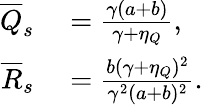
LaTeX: \begin{array}{rl}{\overline{Q}_{s}}&{{}=\frac{\gamma(a+b)}{\gamma+\eta_{Q}},}\\ {\overline{R}_{s}}&{{}=\frac{b(\gamma+\eta_{Q})^{2}}{\gamma^{2}(a+b)^{2}}.}\end{array}